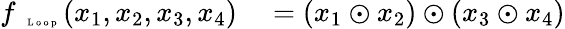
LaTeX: \begin{array}{rl}{f_{\mathrm{~\tiny~\textnormal~{~L~o~o~p~}~}}(x_{1},x_{2},x_{3},x_{4})}&{{}=(x_{1}\odot x_{2})\odot(x_{3}\odot x_{4})}\end{array}